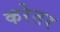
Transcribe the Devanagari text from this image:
करेतर